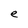
Character: e